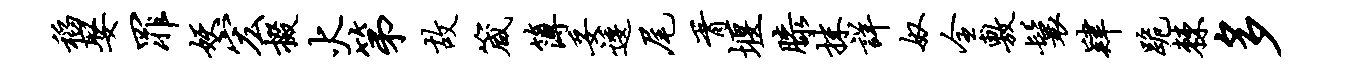
稻娶罪妖宏掇火第故箴簿妥逶尾胥堰膝抹详奴全敷鬟肄跪棘多